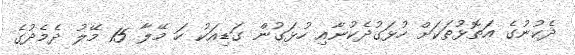
ދެކުނުގެ އަތޮޅުތަކަށް ހުޅަގުދެކުނާއި ހުޅަގުން ގަޑިއަކު ހަ މޭލާ 15 މޭލު ދެމެދުގެ